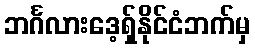
ဘင်္ဂလားဒေ့ရှ်နိုင်ငံဘက်မှ